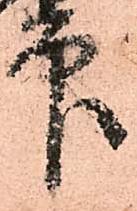
印